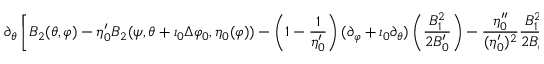
\partial _ { \theta } \left[ B _ { 2 } ( \theta , \varphi ) - \eta _ { 0 } ^ { \prime } B _ { 2 } ( \psi , \theta + \iota _ { 0 } \Delta \varphi _ { 0 } , \eta _ { 0 } ( \varphi ) ) - \left( 1 - \frac { 1 } { \eta _ { 0 } ^ { \prime } } \right) ( \partial _ { \varphi } + \iota _ { 0 } \partial _ { \theta } ) \left( \frac { B _ { 1 } ^ { 2 } } { 2 B _ { 0 } ^ { \prime } } \right) - \frac { \eta _ { 0 } ^ { \prime \prime } } { ( \eta _ { 0 } ^ { \prime } ) ^ { 2 } } \frac { B _ { 1 } ^ { 2 } } { 2 B _ { 0 } ^ { \prime } } \right] = 0